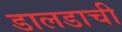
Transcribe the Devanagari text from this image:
डालडाची